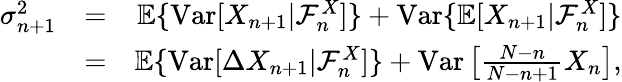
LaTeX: \begin{array}{rlr}{\sigma_{n+1}^{2}}&{=}&{{\mathbb E}\{ \mathrm{Var}[X_{n+1}|{\cal F}_{n}^{X}]\} +\mathrm{Var}\{ {\mathbb E}[X_{n+1}|{\cal F}_{n}^{X}]\} }\\ &{=}&{{\mathbb E}\{ \mathrm{Var}[\Delta X_{n+1}|{\cal F}_{n}^{X}]\} +\mathrm{Var}\left[\frac{N-n}{N-n+1}X_{n}\right],}\end{array}